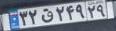
۳۲ق۲۴۹۲۹